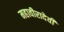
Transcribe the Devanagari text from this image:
महावीरादेवी